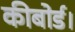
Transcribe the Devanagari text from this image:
कीबोर्ड।